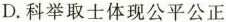
D.科举取士体现公平公正